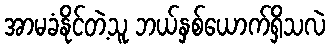
အာမခံနိုင်တဲ့သူ ဘယ်နှစ်ယောက်ရှိသလဲ